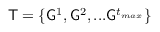
\mathsf { T } = \{ \mathsf { G } ^ { 1 } , \mathsf { G } ^ { 2 } , . . . \mathsf { G } ^ { t _ { m a x } } \}